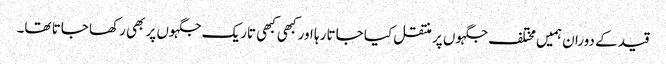
قید کے دوران ہمیں مختلف جگہوں پر منتقل کیا جاتا رہا اور کبھی کبھی تاریک جگہوں پر بھی رکھا جاتا تھا۔